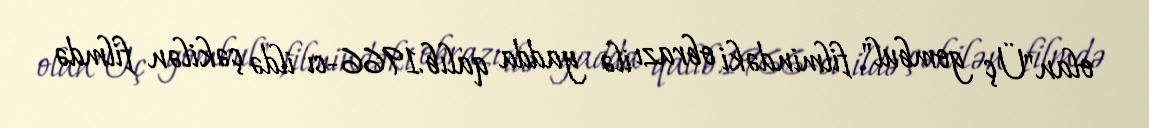
olan"Üç gombul" filmindəki obrazı ilə yadda qalıb.1966-cı ildə çəkilən filmdə